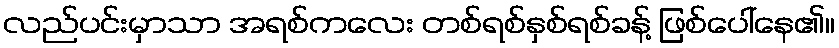
လည်ပင်းမှာသာ အရစ်ကလေး တစ်ရစ်နှစ်ရစ်ခန့် ဖြစ်ပေါ်နေ၏။